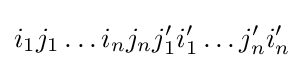
i_{1}j_{1}\ldots i_{n}j_{n}j'_{1}i'_{1}\ldots j'_{n}i'_{n}